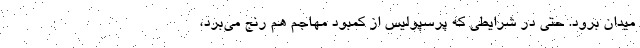
میدان برود. حتی در شرایطی که پرسپولیس از کمبود مهاجم هم رنج می‌برد،